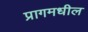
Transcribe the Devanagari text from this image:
प्रागमधील